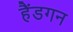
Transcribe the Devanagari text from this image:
हैंडगन